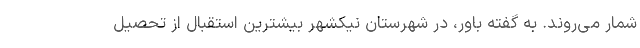
شمار می‌روند. به گفته باور، در شهرستان نیکشهر بیشترین استقبال از تحصیل